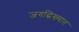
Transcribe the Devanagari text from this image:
जगद्धिख्यात